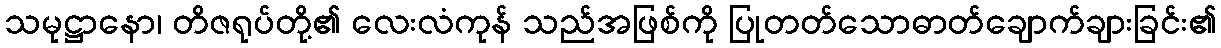
သမုဋ္ဌာနော၊ တိဇရုပ်တို့၏ လေးလံကုန် သည်အဖြစ်ကို ပြုတတ်သောဓာတ်ချောက်ချားခြင်း၏